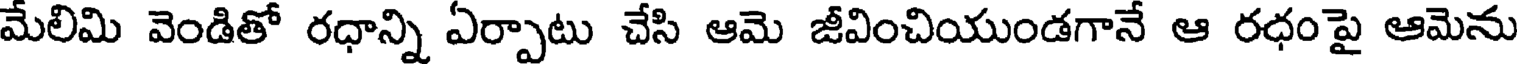
మేలిమి వెండితో రధాన్ని ఏర్పాటు చేసి ఆమె జీవించియుండగానే ఆ రధంపై ఆమెను